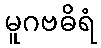
မူဂဗဓိရံ